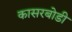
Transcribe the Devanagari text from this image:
कासरबोडी